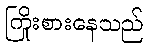
ကြိုးစားနေသည်